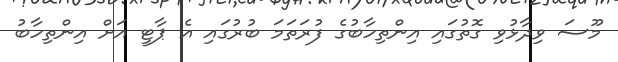
މޫސަ ވިދާޅުވި ގޮތުގައި އިންތިހާބުގެ ފުރަތަމަ ބުރުގައި އެ ޕާޓީ އަށް އިންތިހާބު